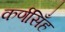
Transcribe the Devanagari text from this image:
कर्णसिँह